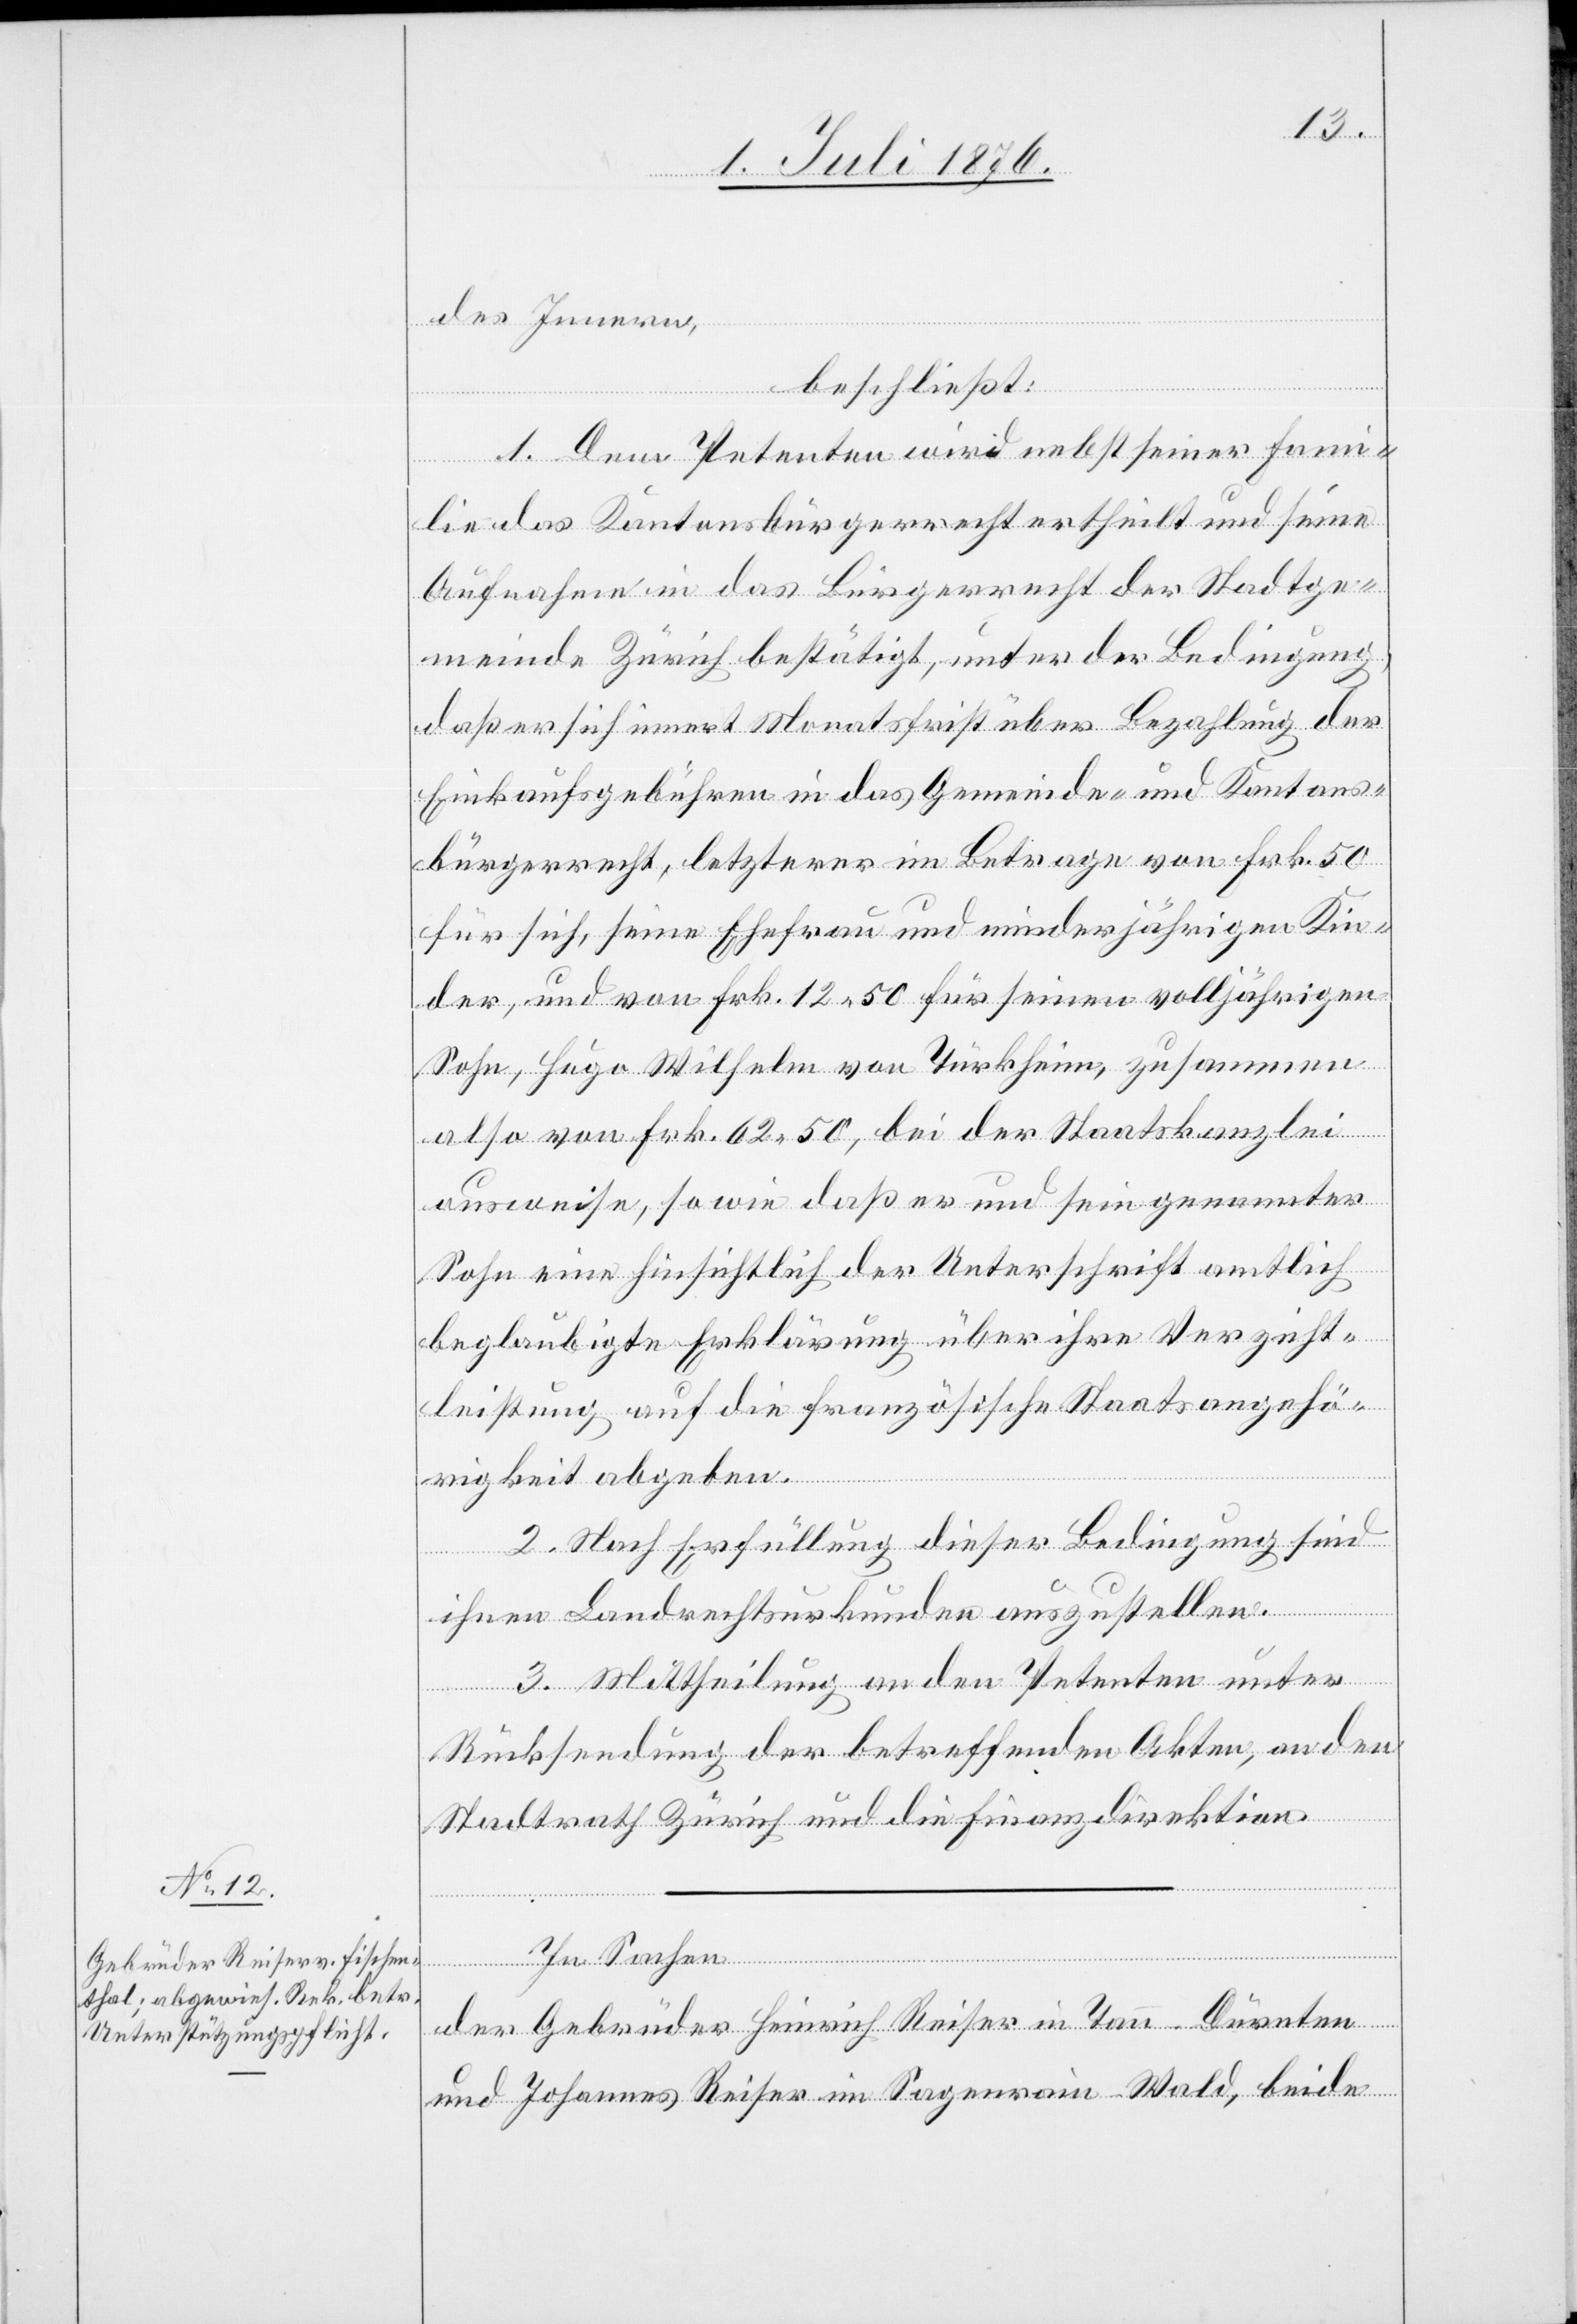
des Innern,
beschließt:
1. Dem Petenten wird nebst seiner Fami¬
lie das Kantonsbürgerrecht ertheilt und seine
Aufnahme in das Bürgerrecht der Stadtge¬
meinde Zürich bestätigt, unter der Bedingung,
daß er sich innert Monatsfrist über Bezahlung der
Einkaufgebühren in das Gemeinde- und Kantons¬
bürgerrecht, letzterer im Betrage von Frk. 50
für sich, seine Ehefrau und minderjährigen Kin¬
der, und von Frk. 12 50 für seinen volljährigen
Sohn, Hugo Wilhelm von Türkheim, zusammen
also von Frk. 62 50, bei der Staatskanzlei
ausweise, sowie daß er und sein genannter
Sohn eine hinsichtlich der Unterschrift amtlich
beglaubigte Erklärung über ihre Verzicht¬
leistung auf die französische Staatsangehö¬
rigkeit abgeben.
2. Nach Erfüllung dieser Bedingung sind
ihnen Landrechtsurkunden auszustellen.
3. Mittheilung an den Petenten unter
Rücksendung der betreffenden Akten, an den
Stadtrath Zürich und die Finanzdirektion.
der Gebrüder Heinrich Reiser in Tann - Dürnten
und Johannes Reiser im Sagenrain - Wald, beide